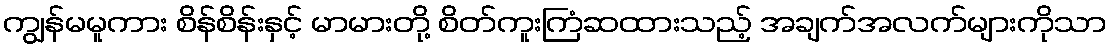
ကျွန်မမူကား စိန်စိန်းနှင့် မာမားတို့ စိတ်ကူးကြံဆထားသည့် အချက်အလက်များကိုသာ